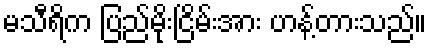
မသီရိက ပြည်မိုးငြိမ်းအား ဟန့်တားသည်။